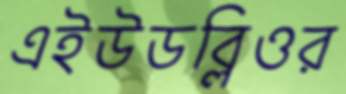
এইউডব্লিওর